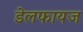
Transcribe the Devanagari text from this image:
डेलफायज